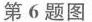
第6题图